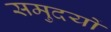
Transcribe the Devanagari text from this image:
समुदयों